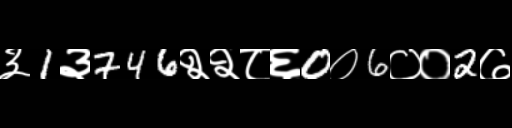
Text: ३1३746२२८६0०6००2७